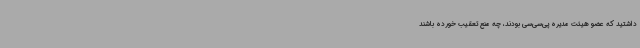
داشتید که عضو هیئت مدیره پی‌سی‌سی بودند، چه منع تعقیب خورده باشند